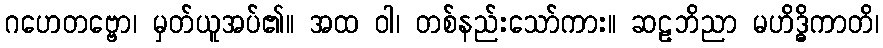
ဂဟေတဗ္ဗော၊ မှတ်ယူအပ်၏။ အထ ဝါ၊ တစ်နည်းသော်ကား။ ဆဠဘိညာ မဟိဒ္ဓိကာတိ၊